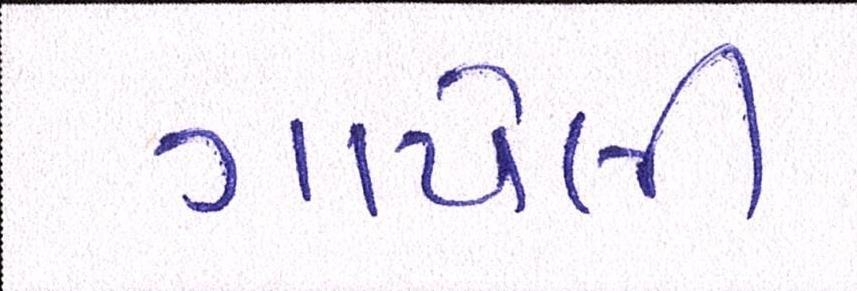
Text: ગાયેલી